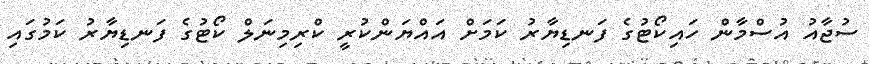
ސުޖާއު އުސްމާން ހައިކޯޓުގެ ފަނޑިޔާރު ކަމަށް އައްޔަންކުރީ ކްރިމިނަލް ކޯޓުގެ ފަނޑިޔާރު ކަމުގައި